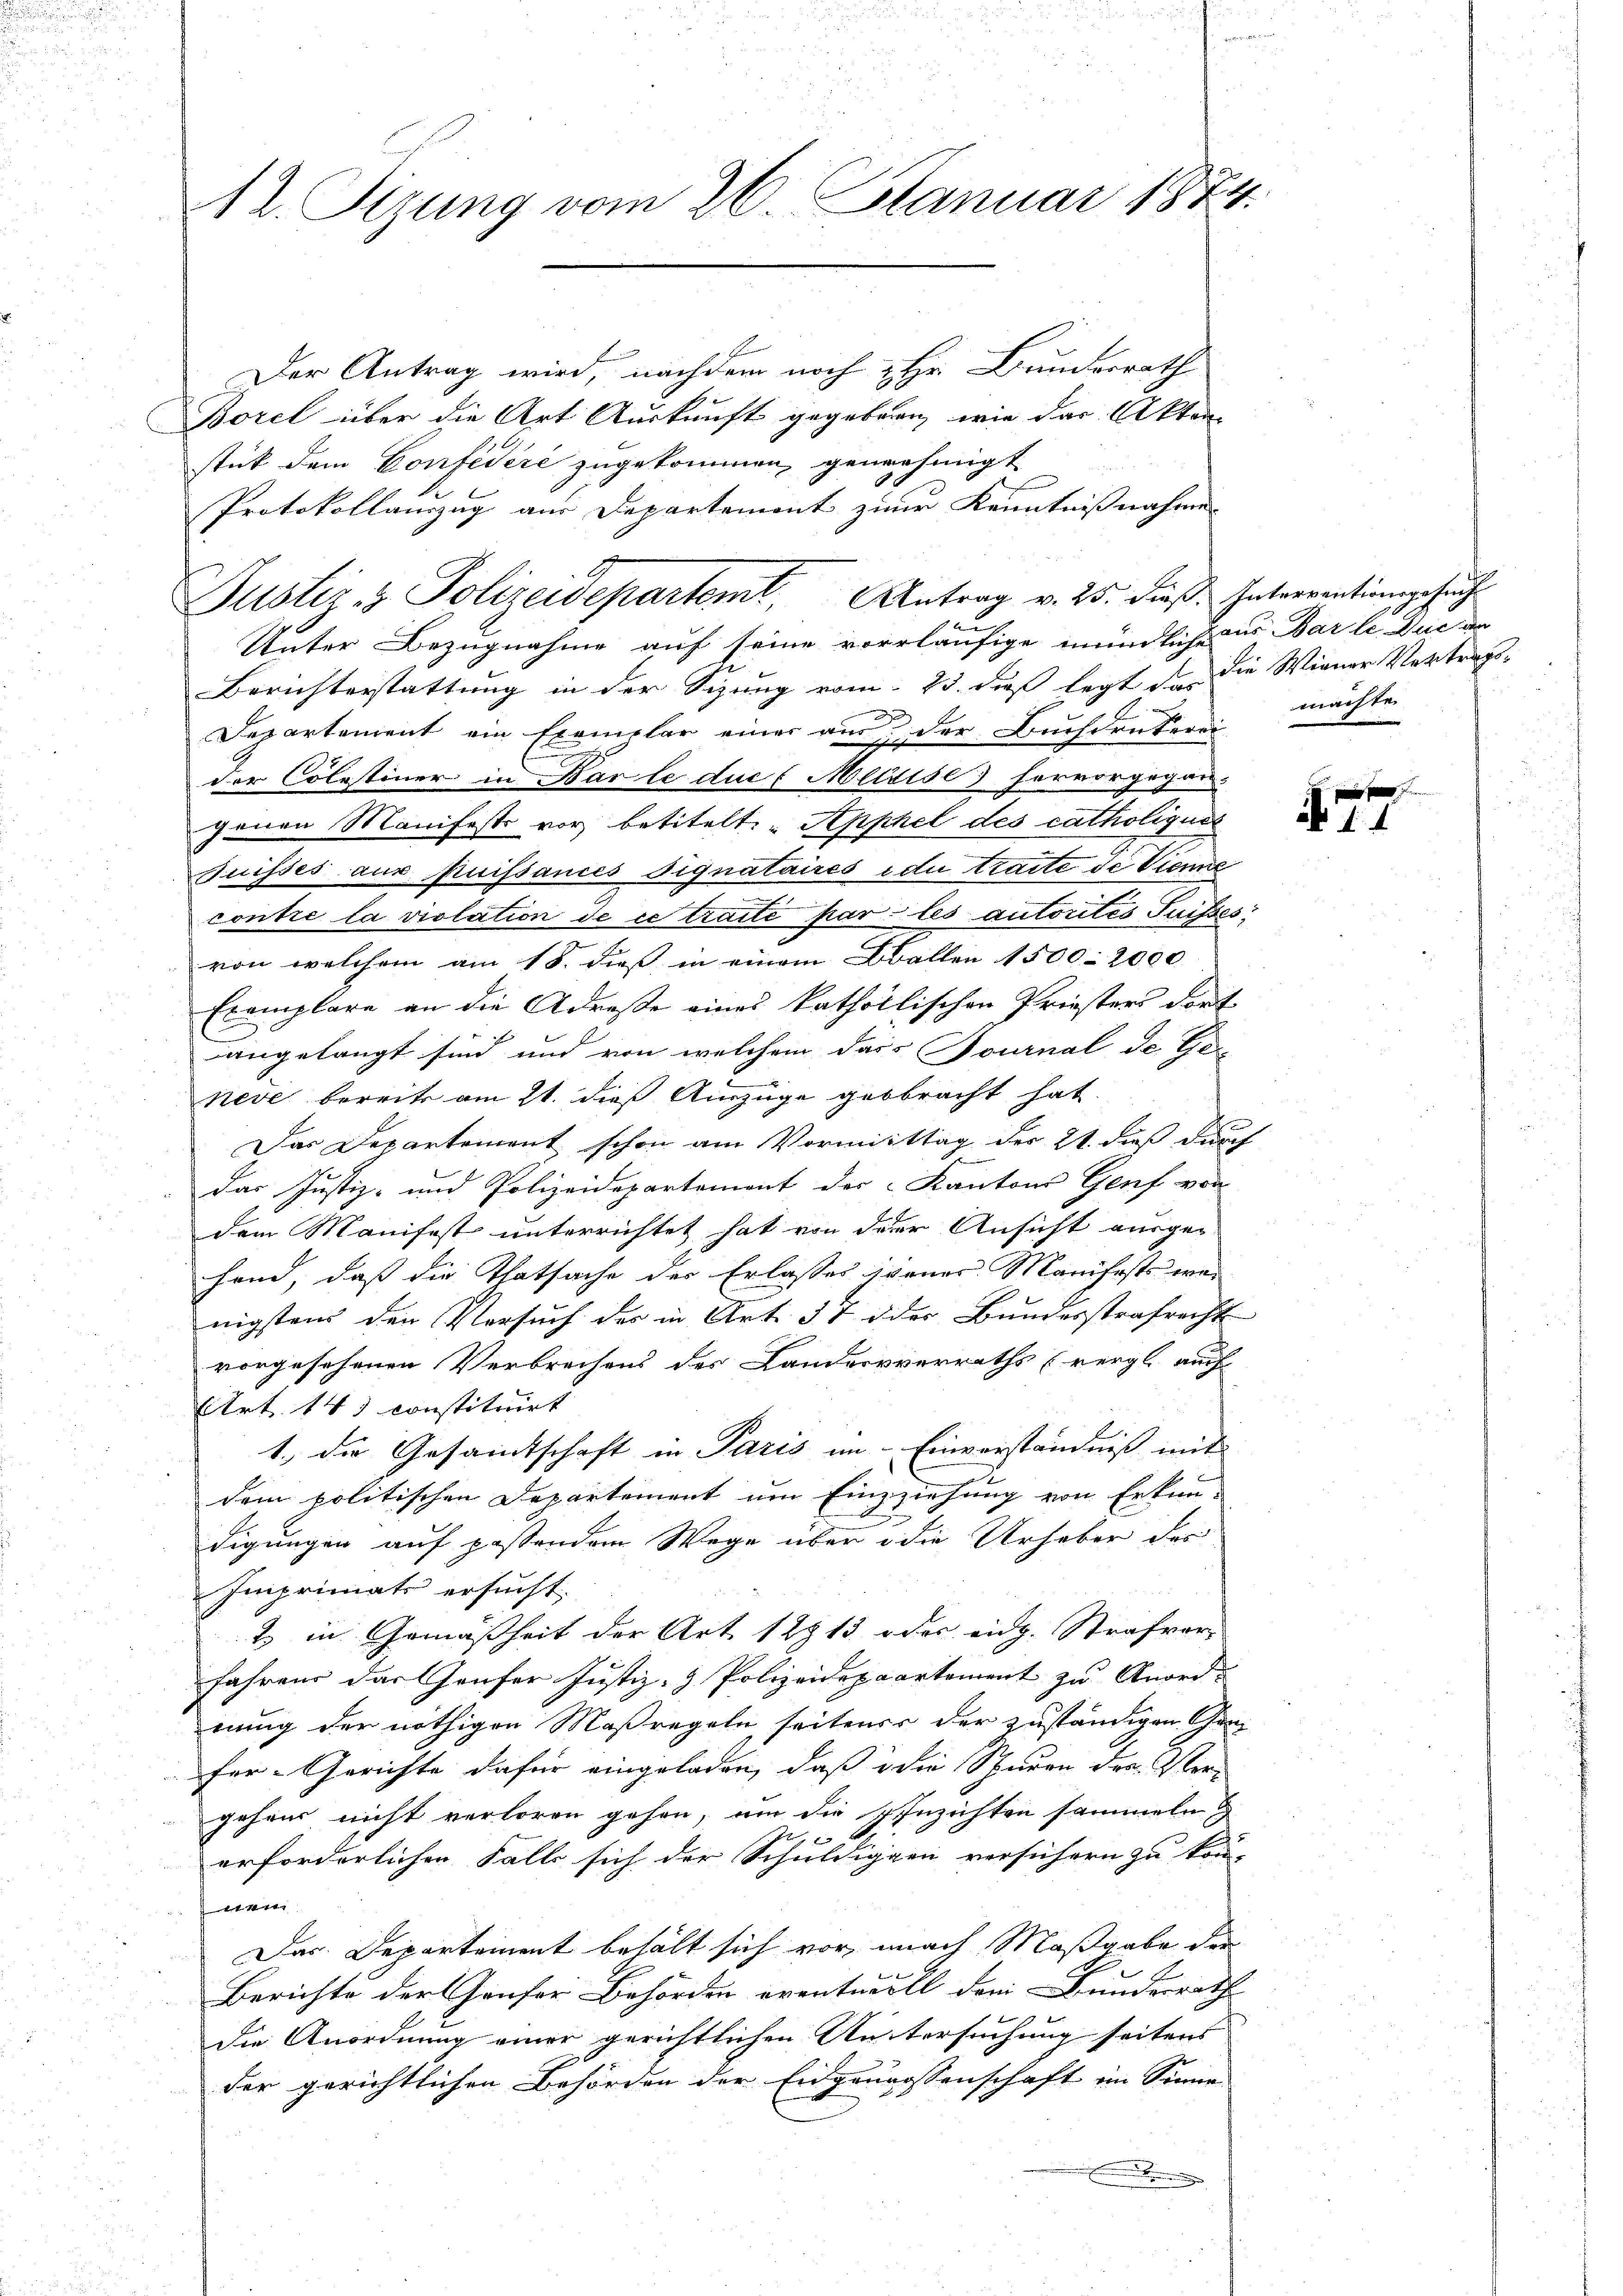
12. Tizung vom 26. Januar 1874.

Der Antrag wird, nachdem noch Hr. Bundesrath
Borel über die Art Auskunft gegebene, wie das Akten
stück dem Confidéré zugekommen genehmigt
Protokollauszug aus Departement zur Kenntnißnahme
au
Unter Bezugnahme auf seine vorläufige mündliche aus Barle. Die an
Berichterstattung in der Sizung vom 23. daß legt da die Wiener Vertrags-
.
Departement ein Exemplar einer an der Buchdrukerei
der Colestiner in Bar le duc (Meirise hervorgegan-
genen Manifest vor betitelt: „Apphel des catholigun
Juisses aus puissances signataires die traite de Vienne
contre la violation de ce traite par les autorités Suisses
von welchem am 18. dieß in einem Ballen 1500-2000
Exemplare an die Adreste eines kathollischen Priesters dort
angelangt sind und von welchem dass Fournal de Geneve bereits am 21. dieß Auszüge gebracht hat.
Das Departement schon am Vormittag der 21. dieß durch
F
Das Justiz- und Polizeidepartement der Kantons Genf von
dem Manifest unterrichtet hat von derer Ansicht ausgehand, daß die Thatsache der Erlasses jener Manifests war
nigsten den Versuch der in Art. 57 d der Bundesstrafrecht
vorgesehenen Verbrechens der Landesverraths (vergl. auf
Art. 141 constituirt
1., die Gesammtschaft in Paris im Einverständniß mit
dem politischen Departement um Einzziehung von Erkun-
digungen auf postendem Wege über die Urheber des
Imprimats ersucht.
2 in Gemäßheit der Art. 12313 des eidg. Strafver
fahrend das Genfer Justiz- & Polizeidepaartement zu Anord- |
nung der nöthigen Maßregeln seitens der zuständigen Canfer-Gerichte dafür eingeladen, daß die Spuren dra. Ver-
gehend nicht verloren gehen, um die Einzichten sammeln
f
f
erforderlichen Falle sich der Schuldigen versichern zu kon-
det
Das Departement behält sich vor, nach Maßgabe der
Berichte der Hauser Behörden eventuell dem Bunderrath
Die Anordnung einer gerichtlichen Anstersuchung seitens
der gerichtlichen Behörden der Eidgenossenschaft im Sinne
r

Puster & Polizeidepartemt. Antrag v. 25. dieß. Intreventionsgesŭcht

machte.

1. 1